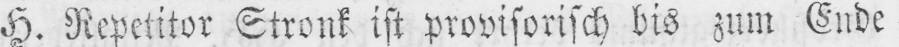
H. Repetitor Stronk ist provisorisch bis zum Ende